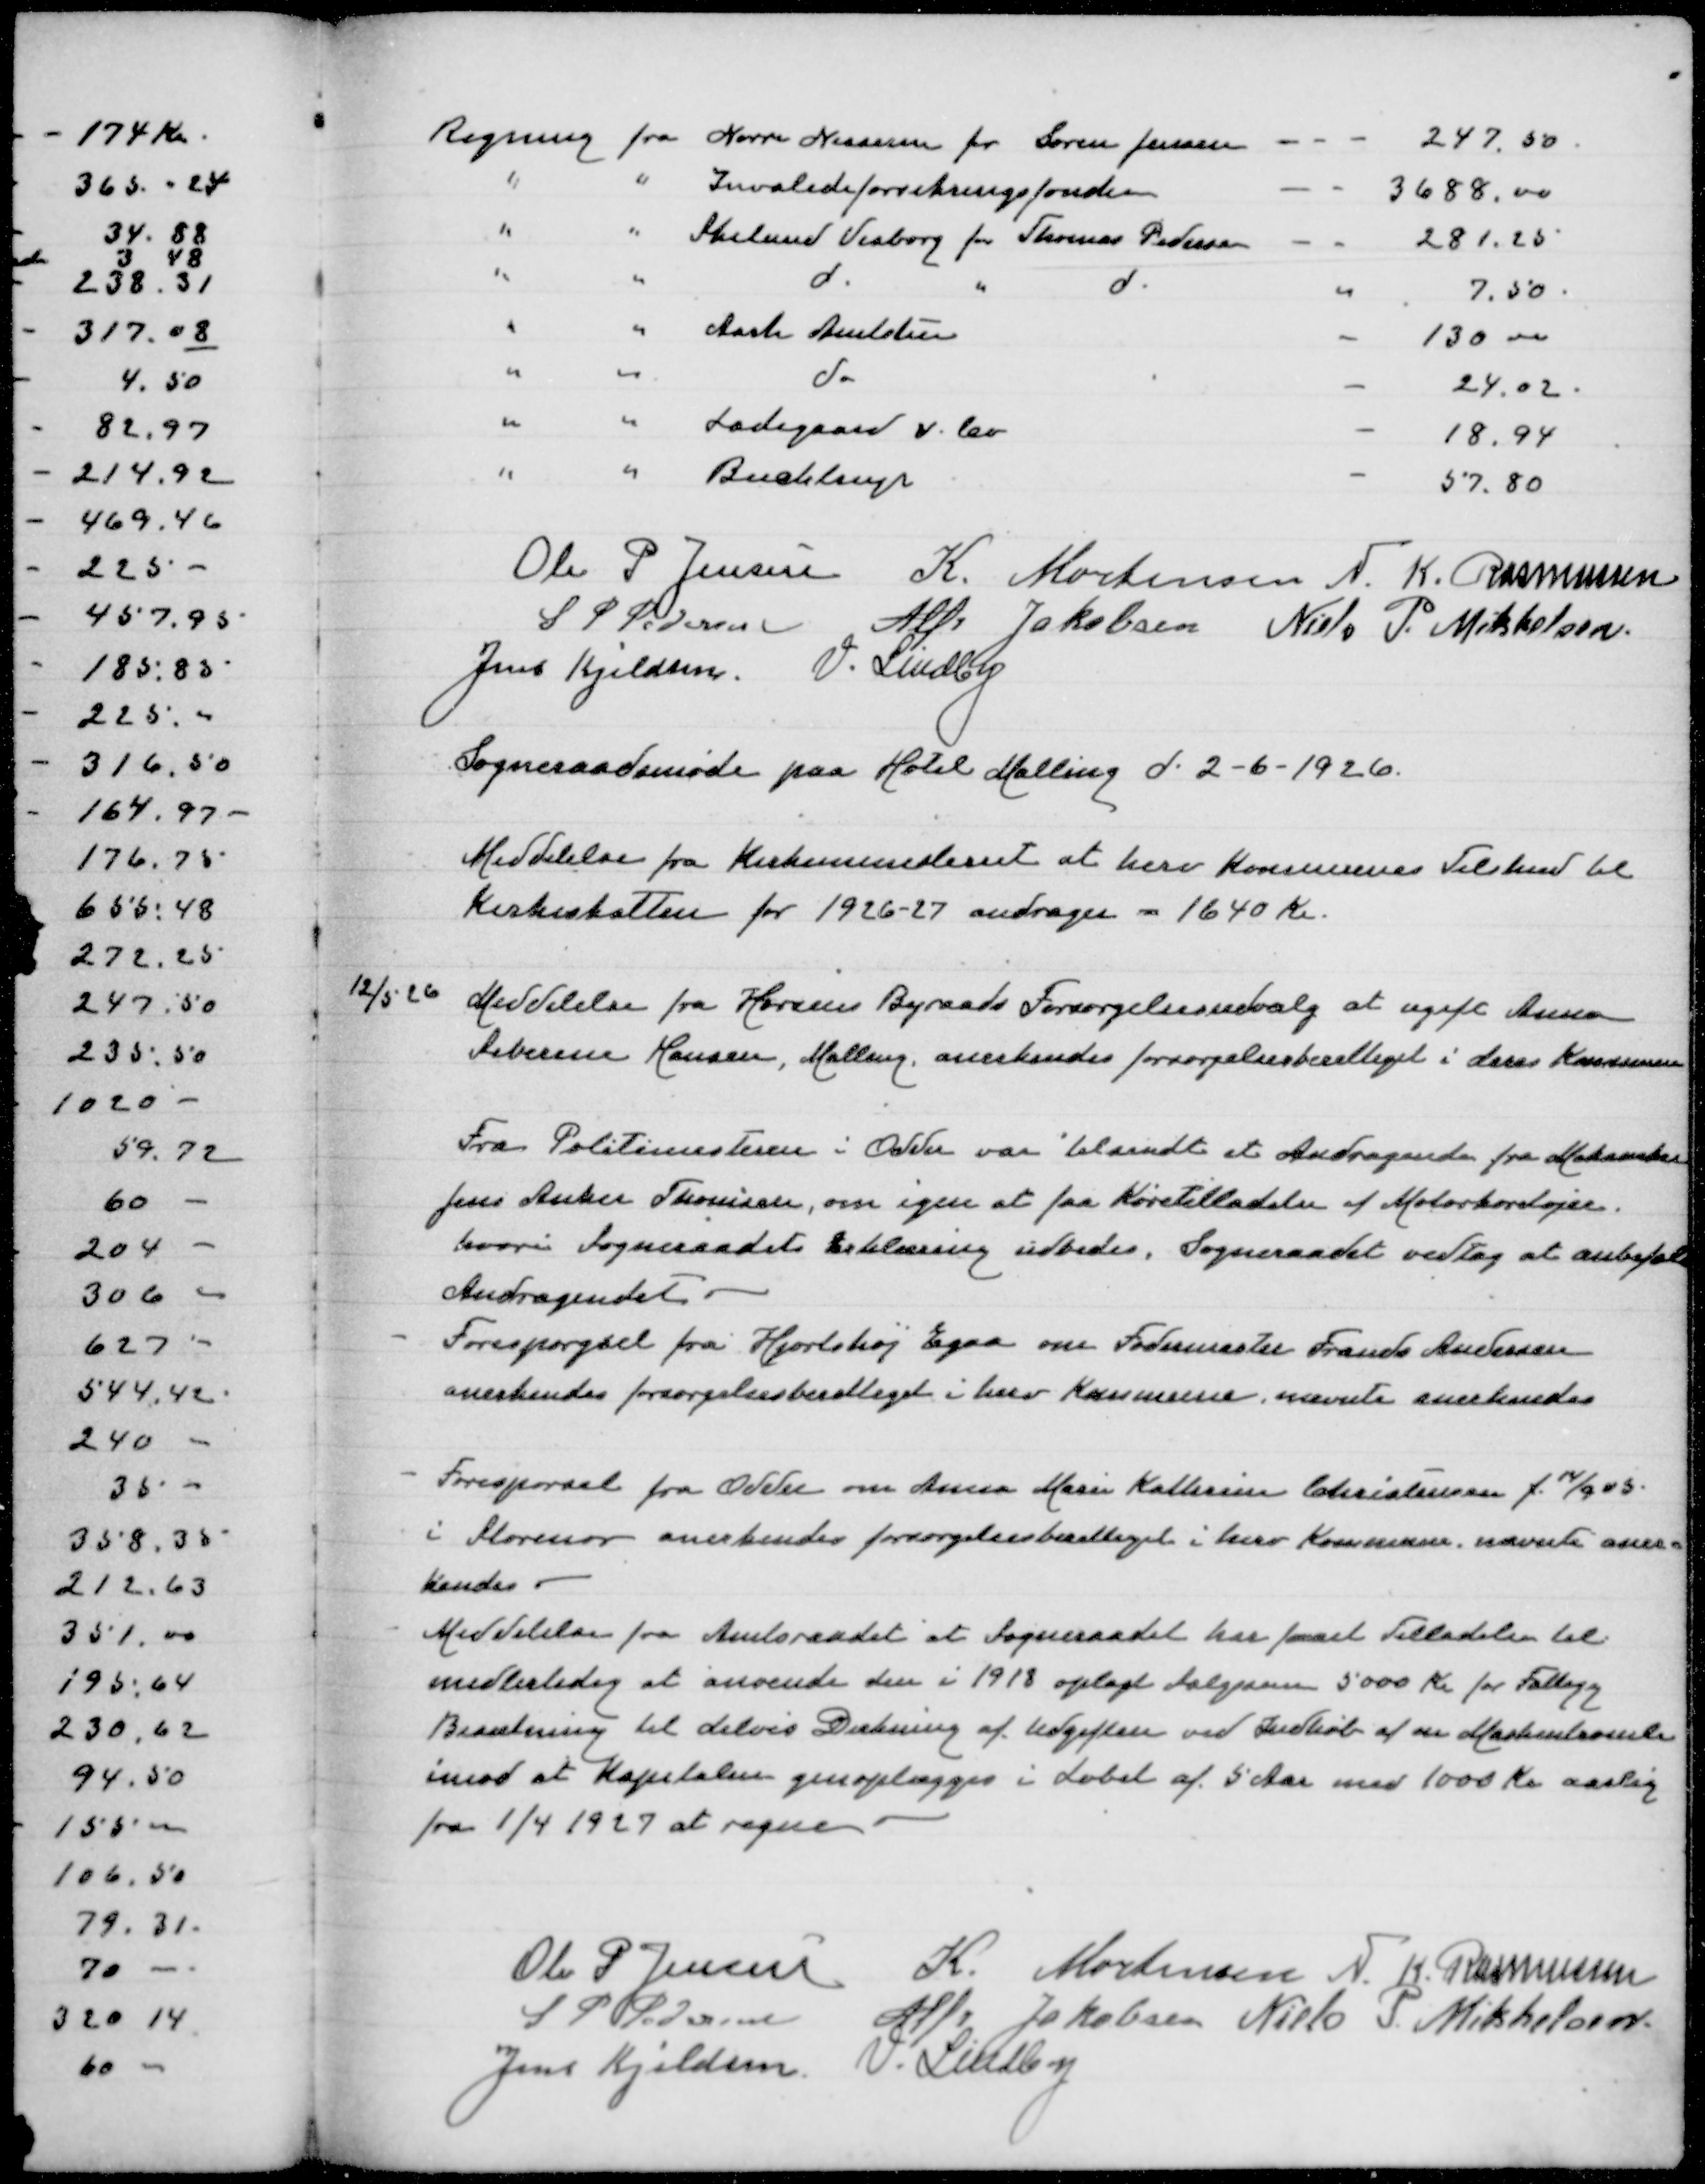
Transskription:
Regning fra Nørre Nissum for Søren Jensen
247,50
" " Invalideforsikringsfonden
3688,00
" " Skelund Visborg for Thomas Pedersen
281,25
" " d " d
7,50
" " Aarh Amtstue
130,00
" " do
130,00
" " Ladegaard v lev
18,94
" " Buchtrup
57,80

Oler P Jensen
K Mortensen
N K Rasmussen
S P Pedersen
Alfr Jakobsen
Niels P Mikkelsen
Jens Kjeldsen
V Lindby
Sogneraadsmøde paa Hotel Malling d 2-6-1926

Meddelelse fra Kirkeministeriet at herv Kommunes Tilskud til
Kirkeskatten for 1926-27 andrager - 1640 Kr

12/5 26

Meddelelse fra Horsens Kommunes Forsørgelsesudvalg at ugift Anna
Severine Hansen, Malling anerkendes forsørgelsesberettiget i deres Kommune

Fra Politimesteren i Odder var blandt et Andragende fra Mekaniker
Jens Anker Thomsen, om igen at faa Køretilladelse af Motorkøretøjer
hvori Sogneraadets Erklæring udbedes. Sogneraadet vedtog at anbefale
Andragendet
Forespørgsel fra Hjortshøj Egaa om Fodermester Frands Andersen
anerkendes forsørgelsesberettiget i herv Kommune, nævnte anerkendes

Forespørgsel fra Odder om Anna Marie Kathrine Christensen f 14/9 05
i Storenor anerkendes forsørgelsesbrettiget i herv Kommune, nævnte aner=
kendes
Meddelelse fra Amtsraadet at Sogneraadet har faaet Tilladelse til
midlertidig at anvende den i 1918 oplagt Salgssum 5000 Kr for Fattigg
Besætning til delvis Dækning af Udgiften ved Indkøb af Maskintromle
imod at Kapitalen genoplægges i Løbet af 5 Aar med 1000 Kr aarlig
fra 1/4 1927 at regne

Ole P Jensen
K Mortensen
N K Rasmussen
S P Pedersen
Alfr Jakobsen
Niels P Mikkelsen
Jens Kjeldsen
V Lindby